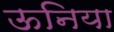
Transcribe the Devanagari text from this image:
ऊनिया